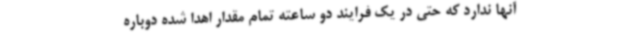
آنها ندارد که حتی در یک فرایند دو ساعته تمام مقدار اهدا شده دوباره